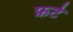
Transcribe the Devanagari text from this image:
फ़टे